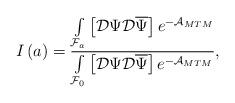
LaTeX: \begin{align*}I\left( a\right) =\frac{\int\limits_{{\cal F}_{a}}\left[ {\cal D}\Psi {\cal D}\overline{\Psi }\right] e^{-{\cal A}_{MTM}}}{\int\limits_{{\cal F}_{0}}\left[ {\cal D}\Psi {\cal D}\overline{\Psi }\right] e^{-{\cal A}_{MTM}}}, \end{align*}